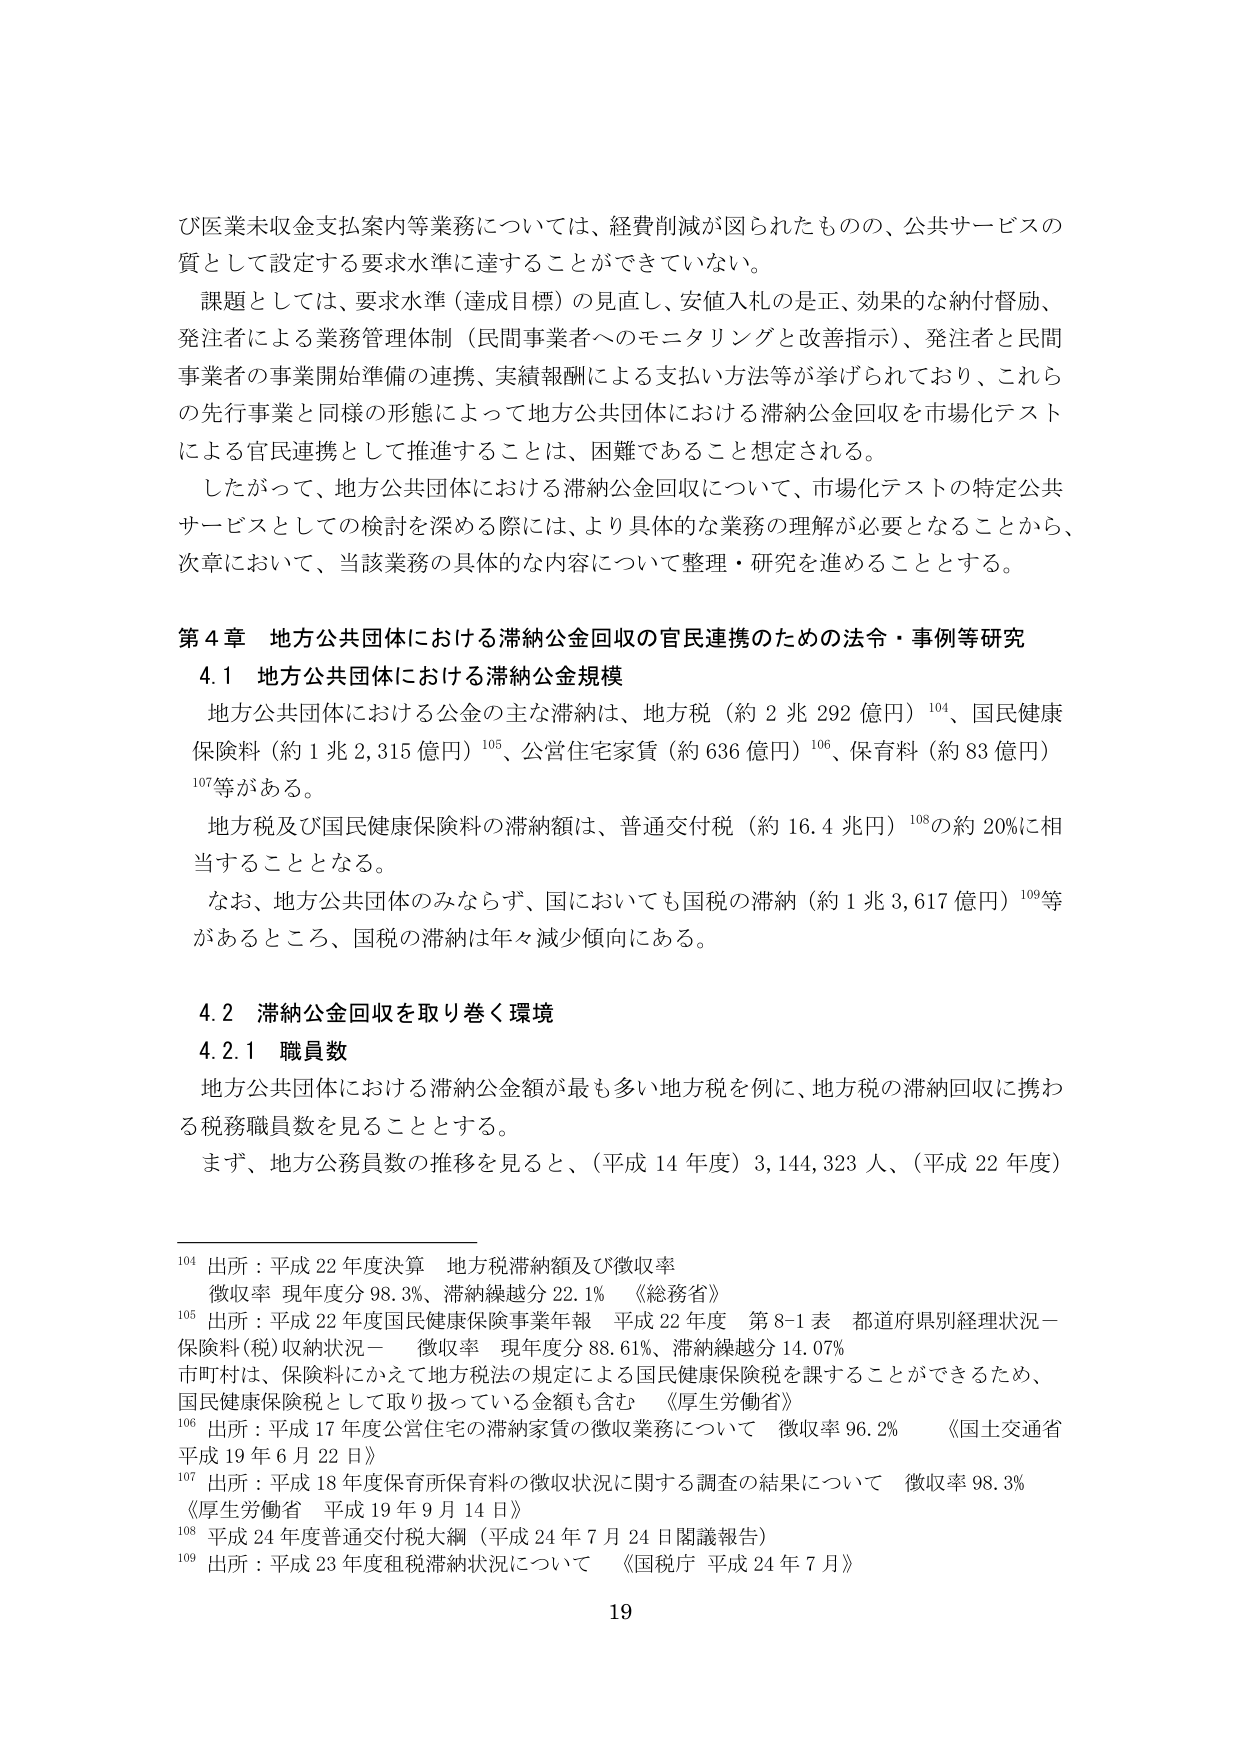
び医業未収金支払案内等業務については、経費削減が図られたものの、公共サービスの質として設定する要求水準に達することができていない。

課題としては、要求水準（達成目標）の見直し、安値入札の是正、効果的な納付督励、発注者による業務管理体制（民間事業者へのモニタリングと改善指示）、発注者と民間事業者の事業開始準備の連携、実績報酬による支払い方法等が挙げられており、これらの先行事業と同様の形態によって地方公共団体における滞納公金回収を市場化テストによる官民連携として推進することは、困難であると想定される。

したがって、地方公共団体における滞納公金回収について、市場化テストの特定公共サービスとしての検討を深める際には、より具体的な業務の理解が必要となることから、次章において、当該業務の具体的な内容について整理・研究を進めることとする。

第4章 地方公共団体における滞納公金回収の官民連携のための法令・事例等研究

4.1 地方公共団体における滞納公金規模

地方公共団体における公金の主な滞納は、地方税（約2兆292億円）¹⁰⁴、国民健康保険料（約1兆2,315億円）¹⁰⁵、公営住宅家賃（約636億円）¹⁰⁶、保育料（約83億円）¹⁰⁷等がある。

地方税及び国民健康保険料の滞納額は、普通交付税（約16.4兆円）¹⁰⁸の約20％に相当することとなる。

なお、地方公共団体のみならず、国においても国税の滞納（約1兆3,617億円）¹⁰⁹等があるところ、国税の滞納は年々減少傾向にある。

4.2 滞納公金回収を取り巻く環境

4.2.1 職員数

地方公共団体における滞納公金額が最も多い地方税を例に、地方税の滞納回収に携わる税務職員数を見ることとする。

まず、地方公務員数の推移を見ると、（平成14年度）3,144,323人、（平成22年度）

¹⁰⁴ 出所：平成22年度決算 地方税滞納額及び徴収率
　　徴収率 現年度分98.3％、滞納繰越分22.1％ 《総務省》

¹⁰⁵ 出所：平成22年度国民健康保険事業年報 平成22年度 第8-1表 都道府県別経理状況－保険料（税）収納状況－
　　徴収率 現年度分88.61％、滞納繰越分14.07％
　　市町村は、保険料にかえて地方税法の規定による国民健康保険税を課することができるため、
　　国民健康保険税として取り扱っている金額も含む 《厚生労働省》

¹⁰⁶ 出所：平成17年度公営住宅の滞納家賃の徴収業務について 徴収率96.2％ 《国土交通省 平成19年6月22日》

¹⁰⁷ 出所：平成18年度保育所保育料の徴収状況に関する調査の結果について 徴収率98.3％ 《厚生労働省 平成19年9月14日》

¹⁰⁸ 平成24年度普通交付税大綱（平成24年7月24日閣議報告）

¹⁰⁹ 出所：平成23年度租税滞納状況について 《国税庁 平成24年7月》

19